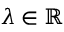
\lambda \in \mathbb { R }